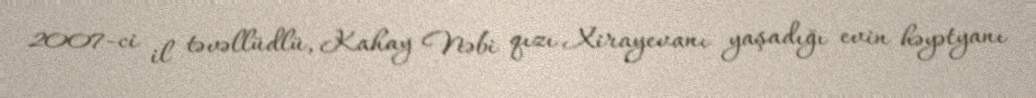
2007-ci il təvəllüdlü, Kahay Nəbi qızı Xirayevanı yaşadığı evin həyətyanı